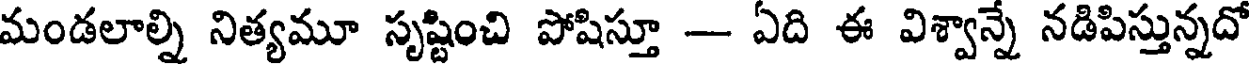
మండలాల్ని నిత్యమూ సృష్టించి పోషిస్తూ - ఏది ఈ విశ్వాన్నే నడిపిస్తున్నదో